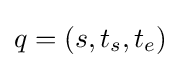
q=(s,t_{s},t_{e})